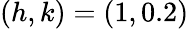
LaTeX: (h,k)=(1,0.2)